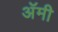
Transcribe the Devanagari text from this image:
अॅमी